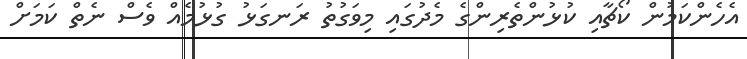
އެހެންކަމުން ކޯޗާއި ކުޅުންތެރިންގެ މެދުގައި މިވަގުތު ރަނގަޅު ގުޅުމެއް ވެސް ނެތް ކަމަށް